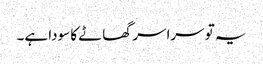
یہ تو سراسر گھاٹے کا سودا ہے۔